Vaccine operations Central Provinces 1868-1885 - 1868-1885
Year: 1868
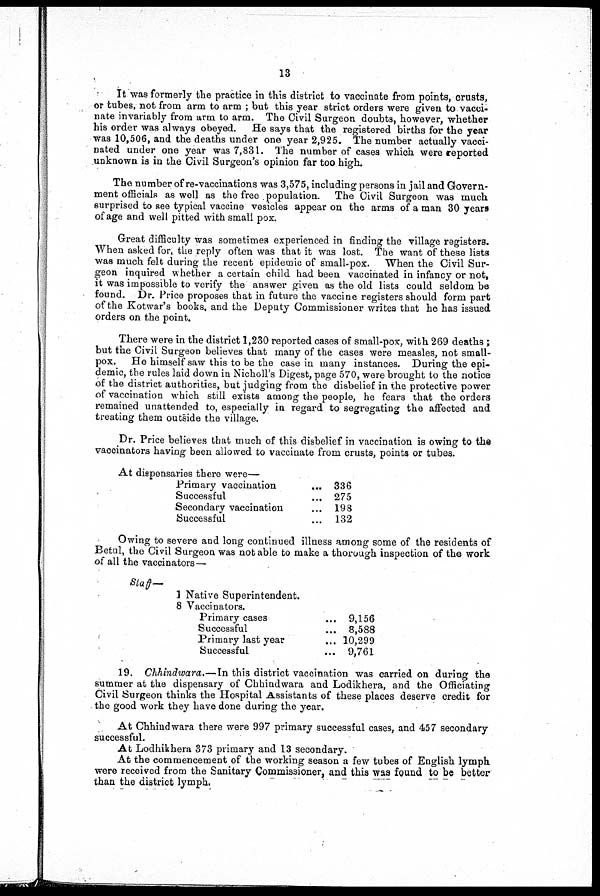
13
It was formerly the practice in this district to vaccinate from points, crusts,
or tubes, not from arm to arm ; but this year strict orders were given to vacci-
nate invariably from arm to arm. The Civil Surgeon doubts, however, whether
his order was always obeyed. He says that the registered births for the year
was 10,506, and the deaths under one year 2,925. The number actually vacci-
nated under one year was 7,831. The number of cases which were reported
unknown is in the Civil Surgeon's opinion far too high.
The number of re-vaccinations was 3,575, including persons in jail and Govern-
ment officials as well as the free population. The Civil Surgeon was much
surprised to see typical vaccine vesicles appear on the arms of a man 30 years
of age and well pitted with small pox.
Great difficulty was sometimes experienced in finding the village registers.
When asked for, the reply often was that it was lost. The want of these lists
was much felt during the recent epidemic of small-pox. When the Civil Sur-
geon inquired whether a certain child had been vaccinated in infancy or not,
it was impossible to verify the answer given as the old lists could seldom be
found. Dr. Price proposes that in future the vaccine registers should form part
of the Kotwar's books, and the Deputy Commissioner writes that he has issued
orders on the point.
There were in the district 1,230 reported cases of small-pox, with 269 deaths;
but the Civil Surgeon believes that many of the cases were measles, not small-
pox. He himself saw this to be the case in many instances. During the epi-
demic, the rules laid down in Nicholl's Digest, page 570, were brought to the notice
of the district authorities, but judging from the disbelief in the protective power
of vaccination which still exists among the people, he fears that the orders
remained unattended to, especially in regard to segregating the affected and
treating them outside the village.
Dr. Price believes that much of this disbelief in vaccination is owing to the
vaccinators having been allowed to vaccinate from crusts, points or tubes.
At dispensaries there were—
Primary vaccination... ...
Successful... ...
Secondary vaccination... ...
Successful... ...
336
275
198
132
Owing to severe and long continued illness among some of the residents of
Betul, the Civil Surgeon was not able to make a thorough inspection of the work
of all the vaccinators—
Staff—
1 Native Superintendent.
8 Vaccinators.
Primary cases... ...
Successful... ...
Primary last year... ...
Successful... ...
9,156
8,588
10,299
9,761
19. Chhindwara.—In this district vaccination was carried on during the
summer at the dispensary of Chhindwara and Lodikhera, and the Officiating
Civil Surgeon thinks the Hospital Assistants of these places deserve credit for
the good work they have done during the year.
At Chhindwara there were 997 primary successful cases, and 457 secondary
successful.
At Lodhikhera 373 primary and 13 secondary.
At the commencement of the working season a few tubes of English lymph
were received from the Sanitary Commissioner, and this was found to be better
than the district lymph.